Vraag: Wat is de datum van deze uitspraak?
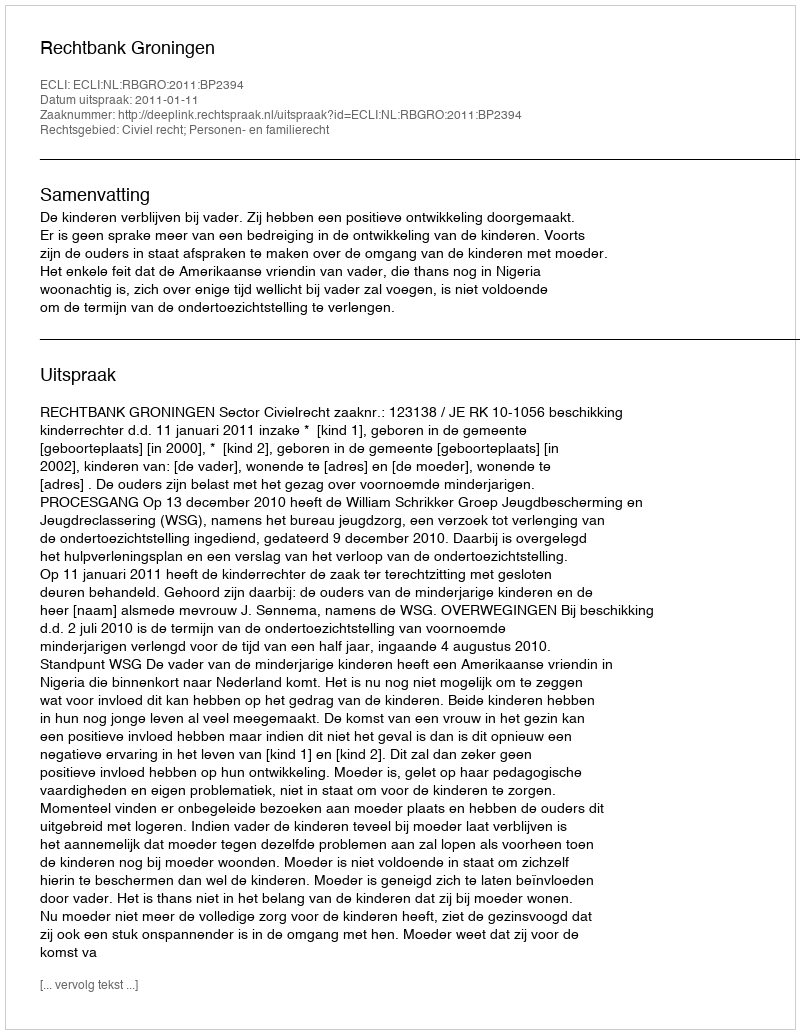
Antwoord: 2011-01-11